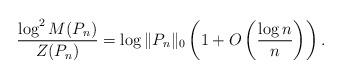
LaTeX: \begin{align*} \frac{\log^2 M(P_n)}{Z(P_n)} = \log\|P_n\|_0\left( 1 + O\left(\frac{\log n}{n}\right)\right).\end{align*}